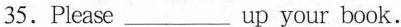
35.Please___ up your book.